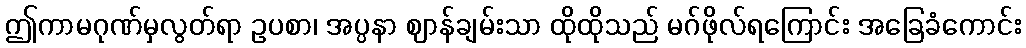
ဤကာမဂုဏ်မှလွတ်ရာ ဥပစာ၊ အပ္ပနာ ဈာန်ချမ်းသာ ထိုထိုသည် မဂ်ဖိုလ်ရကြောင်း အခြေခံကောင်း